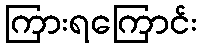
ကြားရကြောင်း